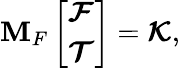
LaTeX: \mathbf{M}_{F}\left[\begin{array}{l}{\boldsymbol{\mathcal{F}}}\\ {\boldsymbol{\mathcal{T}}}\end{array}\right]=\boldsymbol{\mathcal{K}},